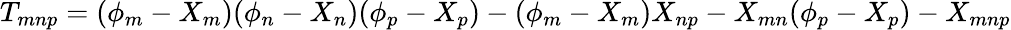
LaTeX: T_{mnp}=(\phi_{m}-X_{m})(\phi_{n}-X_{n})(\phi_{p}-X_{p})-(\phi_{m}-X_{m})X_{np}-X_{mn}(\phi_{p}-X_{p})-X_{mnp}